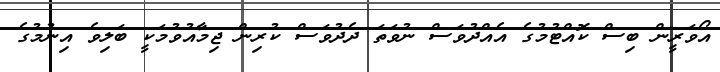
އޯވަރީން ބިސް ކޮއްޓުމުގެ އެއްދުވަސް ނުވަތަ ދެދުވަސް ކުރިން ޖިމާއުވުމަކީ ބަލިވެ އިނުމުގެ